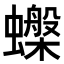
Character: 𧓙